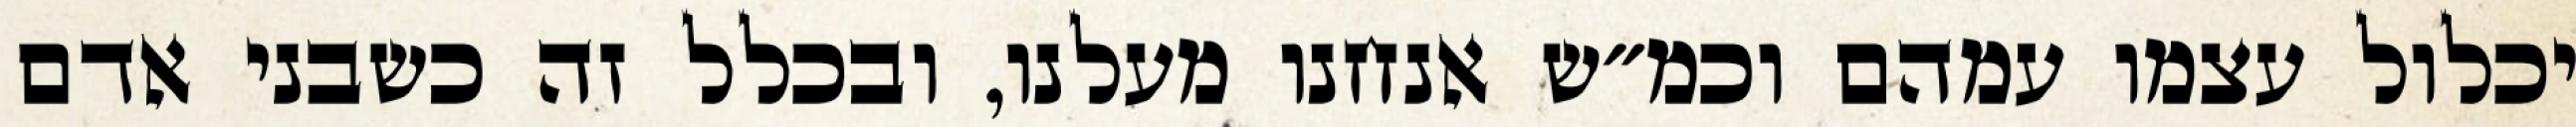
יכלול עצמו עמהם וכמ״ש אנחנו מעלנו, ובכלל זה כשבני אדם